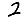
Digit: 2